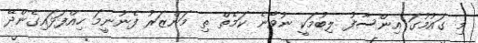
މި ގައުމުގަ އިންސާފު ލިބުމަކީ ނުވާނެ ކަމެތް ތި މަންޒަރު ފެނުނީމަ ހިއްފަޅައިގެންދޭ